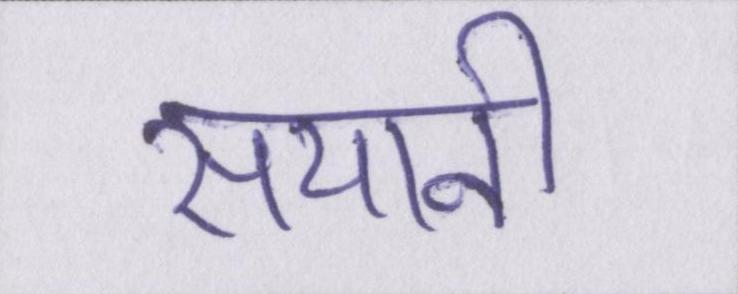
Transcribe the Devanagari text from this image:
सयानी